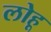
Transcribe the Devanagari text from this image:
लोहू